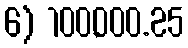
6) 100,000.25